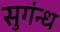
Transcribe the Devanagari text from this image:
सुगंन्ध